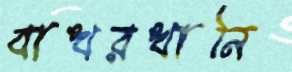
বাখরখানি